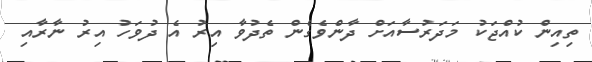
ތިއިން ކުއްޖަކު މަދަރުސާއަށް ދާންވެގެން ތެދުވާ އިރު އެ ދުވަހު އިރު ނާރާއި